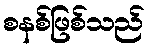
စနစ်ဖြစ်သည်